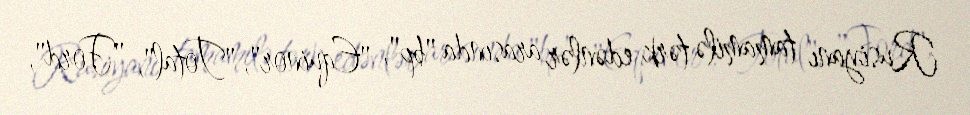
Rusiyanı tamamilə tərk edənlər arasında "bp", "Equinor", "Total", "Ford",